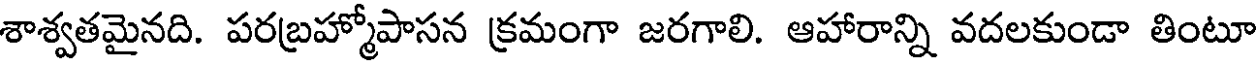
శాశ్వతమైనది. పరబ్రహ్మోపాసన క్రమంగా జరగాలి. ఆహారాన్ని వదలకుండా తింటూ